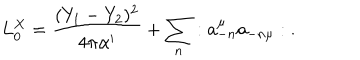
LaTeX: L _ { 0 } ^ { X } = { \frac { ( Y _ { 1 } - Y _ { 2 } ) ^ { 2 } } { 4 \pi \alpha ^ { \prime } } } + \sum _ { n } : a _ { - n } ^ { \mu } a _ { - n \mu } : \; .